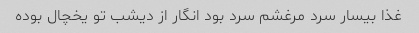
غذا بیسار سرد مرغشم سرد بود انگار از دیشب تو یخچال بوده